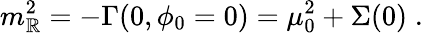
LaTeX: m_{\mathbb{R}}^{2}=-\Gamma(0,\phi_{0}=0)=\mu_{0}^{2}+\Sigma(0)\; .